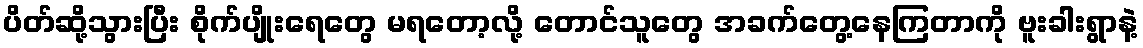
ပိတ်ဆို့သွားပြီး စိုက်ပျိုးရေတွေ မရတော့လို့ တောင်သူတွေ အခက်တွေ့နေကြတာကို ဗူးခါးရွာနဲ့